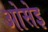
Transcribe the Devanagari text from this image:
ओसेइ